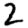
Digit: 2